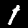
Label: 1